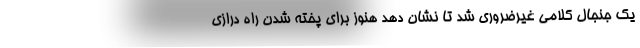
یک جنجال کلامی غیرضروری شد تا نشان دهد هنوز برای پخته شدن راه درازی